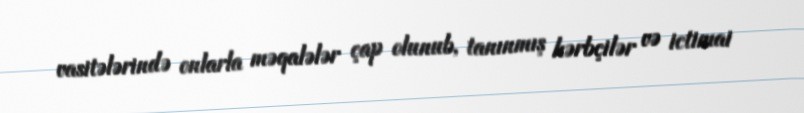
vasitələrində onlarla məqalələr çap olunub, tanınmış hərbçilər və ictimai